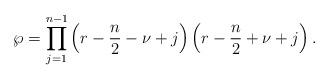
LaTeX: \begin{align*}\mathcal{\wp }=\prod\limits_{j=1}^{n-1}\left( r-\frac{n}{2}-\nu +j\right) \left( r-\frac{n}{2}+\nu +j\right) .\end{align*}